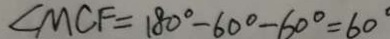
\angle M C F = 1 8 0 ^ { \circ } - 6 0 ^ { \circ } - 6 0 ^ { \circ } = 6 0 ^ { \circ }